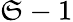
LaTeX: \mathfrak{S}-1